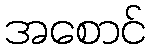
အစောင်